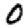
Digit: 0